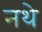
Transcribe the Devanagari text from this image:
नथे